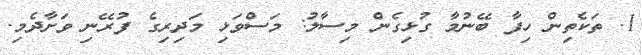
1. ތަކެތިން ހިފާ ބޭނުމާ ގުޅިގެން މިސާލު: މަސްވަޅި މަދިރިގެ ފުރޭނި ވަށާދެމި.